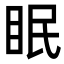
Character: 眠